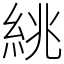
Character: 絩